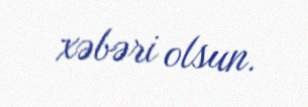
xəbəri olsun.